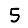
Digit: 5